Civil Veterinary Department Bengal reports 1923-33 - 1923-1933
Year: 1923
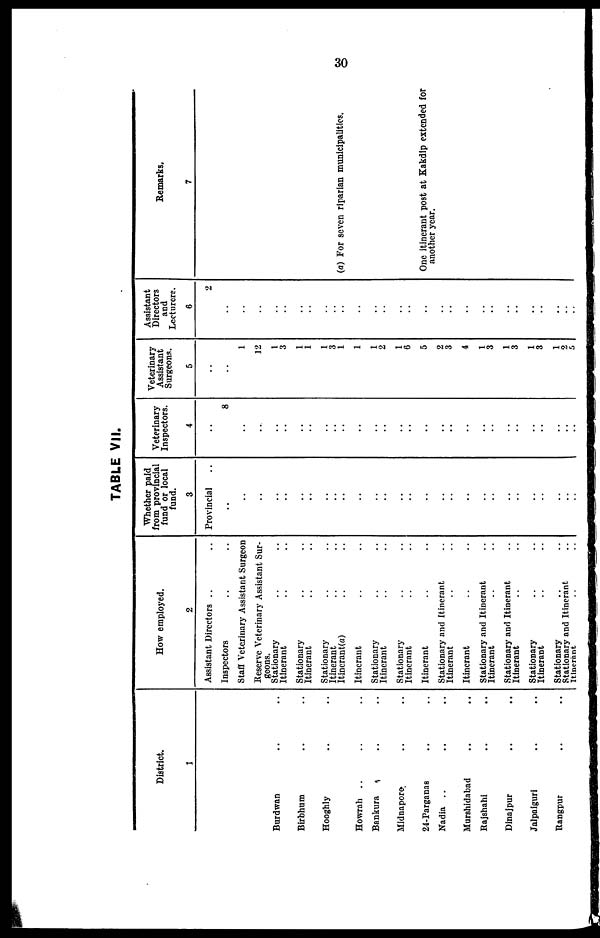
30
TABLE VII.
District.
1
Burdwan .. ..
Birbhum .. ..
Hooghly .. ..
Howrah .. ..
Bankura .. ..
Midnapore .. ..
24-Parganas .. ..
Nadia .. .. ..
Murshidabad .. ..
Rajshahi .. ..
Dinajpur .. ..
Jalpaiguri .. ..
Rangpur .. ..
How employed.
2
Assistant Directors .. ..
Inspectors .. ..
Staff Veterinary Assistant Surgeon
Reserve Veterinary Assistant Sur-
geons.
Stationary .. ..
Itinerant .. ..
Stationary .. ..
Itinerant .. ..
Stationary .. ..
Itinerant .. ..
Itinerant(a) .. ..
Itinerant .. ..
Stationary .. ..
Itinerant .. ..
Stationary .. ..
Itinerant .. ..
Itinerant .. ..
Stationary and Itinerant ..
Itinerant .. ..
Itinerant .. ..
Stationary and Itinerant ..
Itinerant .. ..
Stationary and Itinerant ..
Itinerant .. ..
Stationary .. ..
Itinerant .. ..
Stationary .. ..
Stationary and Itinerant ..
Itinerant .. ..
Whether paid
from provincial
fund or local
fund.
3
Provincial ..
..
..
..
.. ..
..
..
..
..
..
..
..
..
..
..
..
..
..
..
..
..
..
..
..
..
..
..
..
..
Veterinary
Inspectors.
4
..
8
..
..
.. ..
..
..
..
..
..
..
..
..
..
..
..
..
..
..
..
..
..
..
..
..
..
..
..
..
Veterinary
Assistant
Surgeons.
5
..
..
1
12
1
3
1
1
1
3
1
1
1
2
1
6
5
2
3
4
1
3
1
3
1
3
1
2
5
Assistant
Directors
and
Lecturers.
6
2
..
..
..
.. ..
..
..
..
..
..
..
..
..
..
..
..
..
..
..
..
..
..
..
..
..
..
..
..
..
Remarks.
7
(a) For seven riparian municipalities.
One itinerant post at Kakdip extended for
another year.